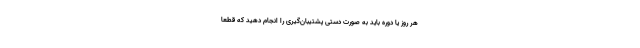
هر روز یا دوره باید به صورت دستی پشتیبان‌گیری را انجام دهید که قطعا